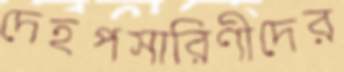
দেহপসারিণীদের